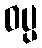
ဝပ္ပ